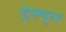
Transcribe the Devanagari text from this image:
ड्रेफ्यूस